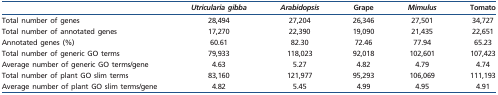
|  | Utricularia gibba | Arabidopsis | Grape | Mimulus | Tomato |
 | --- | --- | --- | --- | --- | --- |
 | Total number of genes | 28,494 | 27,204 | 26,346 | 27,501 | 34,727 |
 | Total number of annotated genes | 17,270 | 22,390 | 19,090 | 21,435 | 22,651 |
 | Annotated genes (%) | 60.61 | 82.30 | 72.46 | 77.94 | 65.23 |
 | Total number of generic GO terms | 79,933 | 118,023 | 92,018 | 102,601 | 107,423 |
 | Average number of generic GO terms/gene | 4.63 | 5.27 | 4.82 | 4.79 | 4.74 |
 | Total number of plant GO slim terms | 83,160 | 121,977 | 95,293 | 106,069 | 111,193 |
 | Average number of plant GO slim terms/gene | 4.82 | 5.45 | 4.99 | 4.95 | 4.91 |